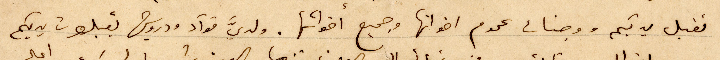
تقبل يديكم ووجنات عموم اخوانها وجميع اخواتها. ولديَّ فؤاد ودرويش يقبلون يديكم